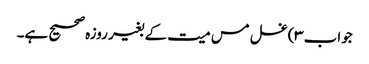
جواب۳)غسل مس میت کے بغیر روزہ صحیح ہے۔